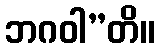
ဘဂဝါ”တိ။